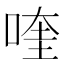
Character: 喹